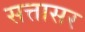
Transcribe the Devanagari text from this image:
सत्तासर